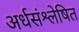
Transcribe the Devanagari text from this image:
अर्धसंश्लेषित